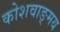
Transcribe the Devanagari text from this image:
कोशवाङ्मय